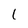
Character: l